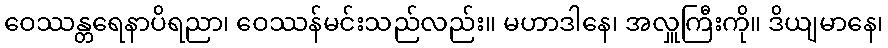
ဝေဿန္တရေနာပိရညာ၊ ဝေဿန်မင်းသည်လည်း။ မဟာဒါနေ၊ အလှူကြီးကို။ ဒိယျမာနေ၊